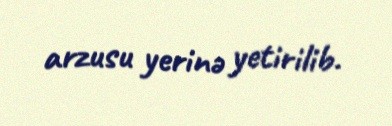
arzusu yerinə yetirilib.